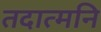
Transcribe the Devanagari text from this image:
तदात्मनि